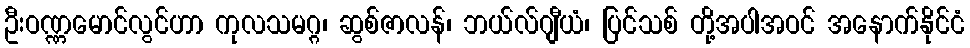
ဦးဝဏ္ဏမောင်လွင်ဟာ ကုလသမဂ္ဂ၊ ဆွစ်ဇာလန်၊ ဘယ်လ်ဂျီယံ၊ ပြင်သစ် တို့အပါအဝင် အနောက်နိုင်ငံ